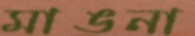
মাঙনা